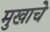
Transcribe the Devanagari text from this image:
मुखाचे